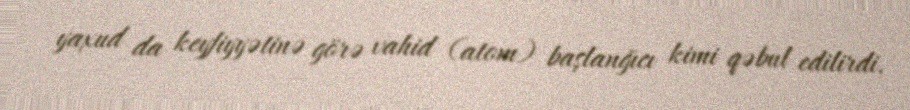
yaxud da keyfiyyətinə görə vahid (atom) başlanğıcı kimi qəbul edilirdi.